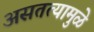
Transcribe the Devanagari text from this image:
असतत्यामुळे